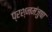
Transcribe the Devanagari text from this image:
प्रश्नमंजुषा